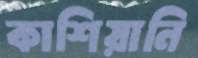
কাশিয়ানি